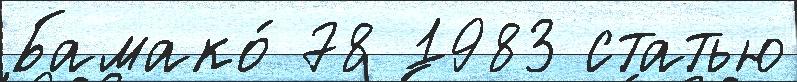
Бамако́ 78 1983 статью